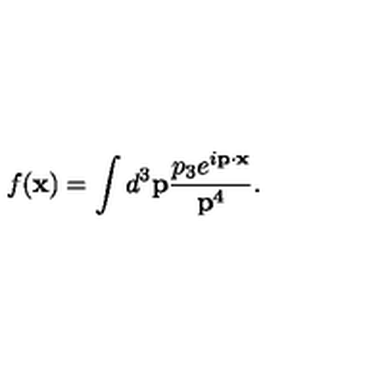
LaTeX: f ( { \bf x } ) = \int d ^ { 3 } { \bf p } \frac { p _ { 3 } e ^ { i { \bf p } \cdot { \bf x } } } { { \bf p } ^ { 4 } } .